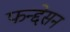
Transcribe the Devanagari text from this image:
फन्द्देसन